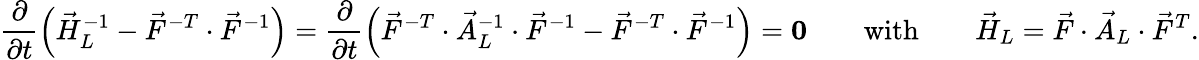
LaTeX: \frac{\partial}{\partial t}\left(\vec{H}_{L}^{-1}-\vec{F}^{-T}\cdot\vec{F}^{-1}\right)=\frac{\partial}{\partial t}\left(\vec{F}^{-T}\cdot\vec{A}_{L}^{-1}\cdot\vec{F}^{-1}-\vec{F}^{-T}\cdot\vec{F}^{-1}\right)=\boldsymbol{0}\qquad\mathrm{with}\qquad\vec{H}_{L}=\vec{F}\cdot\vec{A}_{L}\cdot\vec{F}^{T}.